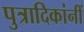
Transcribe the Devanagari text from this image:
पुत्रादिकांनीं